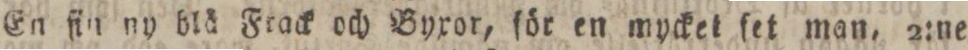
En fin ny blä Frack och Byxor, för en mycket ſet man, 2:ne